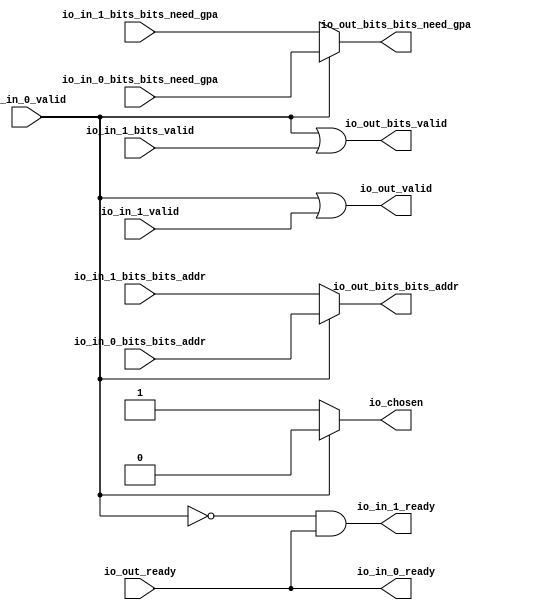
module Arbiter(
  output        io_in_0_ready,
  input         io_in_0_valid,
  input  [26:0] io_in_0_bits_bits_addr,
  input         io_in_0_bits_bits_need_gpa,
  output        io_in_1_ready,
  input         io_in_1_valid,
  input         io_in_1_bits_valid,
  input  [26:0] io_in_1_bits_bits_addr,
  input         io_in_1_bits_bits_need_gpa,
  input         io_out_ready,
  output        io_out_valid,
  output        io_out_bits_valid,
  output [26:0] io_out_bits_bits_addr,
  output        io_out_bits_bits_need_gpa,
  output        io_chosen
);
  wire  grant_1 = ~io_in_0_valid; // @[Arbiter.scala 46:78]
  assign io_in_0_ready = io_out_ready; // @[Arbiter.scala 149:19]
  assign io_in_1_ready = grant_1 & io_out_ready; // @[Arbiter.scala 149:19]
  assign io_out_valid = ~grant_1 | io_in_1_valid; // @[Arbiter.scala 150:31]
  assign io_out_bits_valid = io_in_0_valid | io_in_1_bits_valid; // @[Arbiter.scala 139:15 141:26 143:19]
  assign io_out_bits_bits_addr = io_in_0_valid ? io_in_0_bits_bits_addr : io_in_1_bits_bits_addr; // @[Arbiter.scala 139:15 141:26 143:19]
  assign io_out_bits_bits_need_gpa = io_in_0_valid ? io_in_0_bits_bits_need_gpa : io_in_1_bits_bits_need_gpa; // @[Arbiter.scala 139:15 141:26 143:19]
  assign io_chosen = io_in_0_valid ? 1'h0 : 1'h1; // @[Arbiter.scala 138:13 141:26 142:17]
endmodule